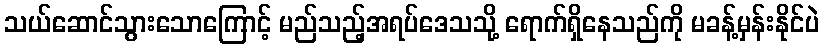
သယ်ဆောင်သွားသောကြောင့် မည်သည့်အရပ်ဒေသသို့ ရောက်ရှိနေသည်ကို မခန့်မှန်းနိုင်ပဲ